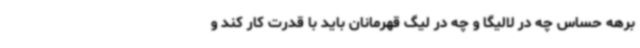
برهه حساس چه در لالیگا و چه در لیگ قهرمانان باید با قدرت کار کند و